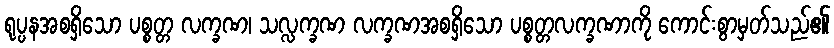
ရုပ္ပနအစရှိသော ပစ္စတ္တ လက္ခဏ၊ သလ္လက္ခဏ လက္ခဏအစရှိသော ပစ္စတ္တလက္ခဏာကို ကောင်းစွာမှတ်သည်၏